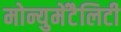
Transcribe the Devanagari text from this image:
मोन्युमेंटैलिटी